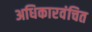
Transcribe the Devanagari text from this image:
अधिकारवंचित